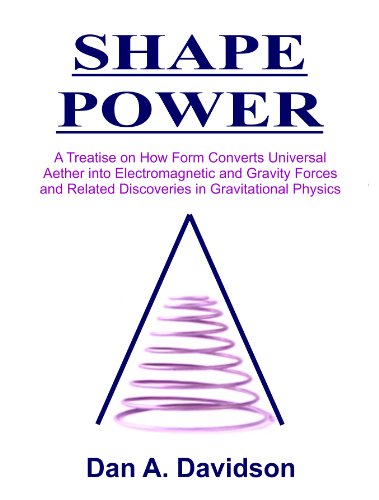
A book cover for SHAPE POWER. A Treatise on How Form Converts Universal Aether into Electromagnetic and Gravity Forces and Related Discoveries in Gravitational Physics. [Loose Leaf Edition]; Dan A. Davidson; Science & Math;